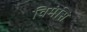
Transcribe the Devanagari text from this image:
विमंसि